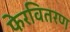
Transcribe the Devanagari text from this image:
फेरवितरण